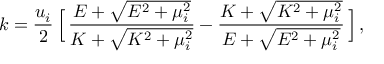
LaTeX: k = { \frac { u _ { i } } { 2 } } \, \Big [ \, { \frac { { \cal E } + \sqrt { { \cal E } ^ { 2 } + \mu _ { i } ^ { 2 } } } { K + \sqrt { K ^ { 2 } + \mu _ { i } ^ { 2 } } } } - { \frac { K + \sqrt { K ^ { 2 } + \mu _ { i } ^ { 2 } } } { { \cal E } + \sqrt { { \cal E } ^ { 2 } + \mu _ { i } ^ { 2 } } } } \, \Big ] \, ,